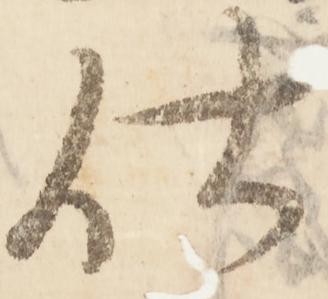
仕